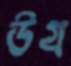
উগ্র